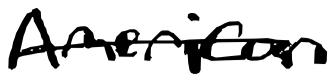
Text: American
Cross-out: single-line
Writing tool: digital_black